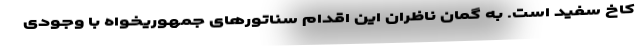
کاخ سفید است. به گمان ناظران این اقدام سناتورهای جمهوریخواه با وجودی